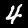
Label: 4